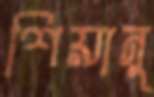
শিয়ানু